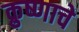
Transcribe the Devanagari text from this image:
क्रुष्णाचे